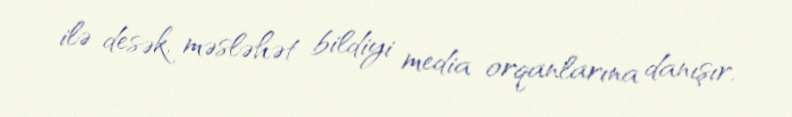
ilə desək, məsləhət bildiyi media orqanlarına danışır.